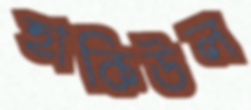
হাকিউল